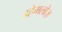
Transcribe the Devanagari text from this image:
इहेमलोज़